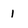
Character: 1